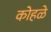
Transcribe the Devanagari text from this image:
कोहळे